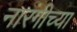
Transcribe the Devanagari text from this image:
नारंगीच्या